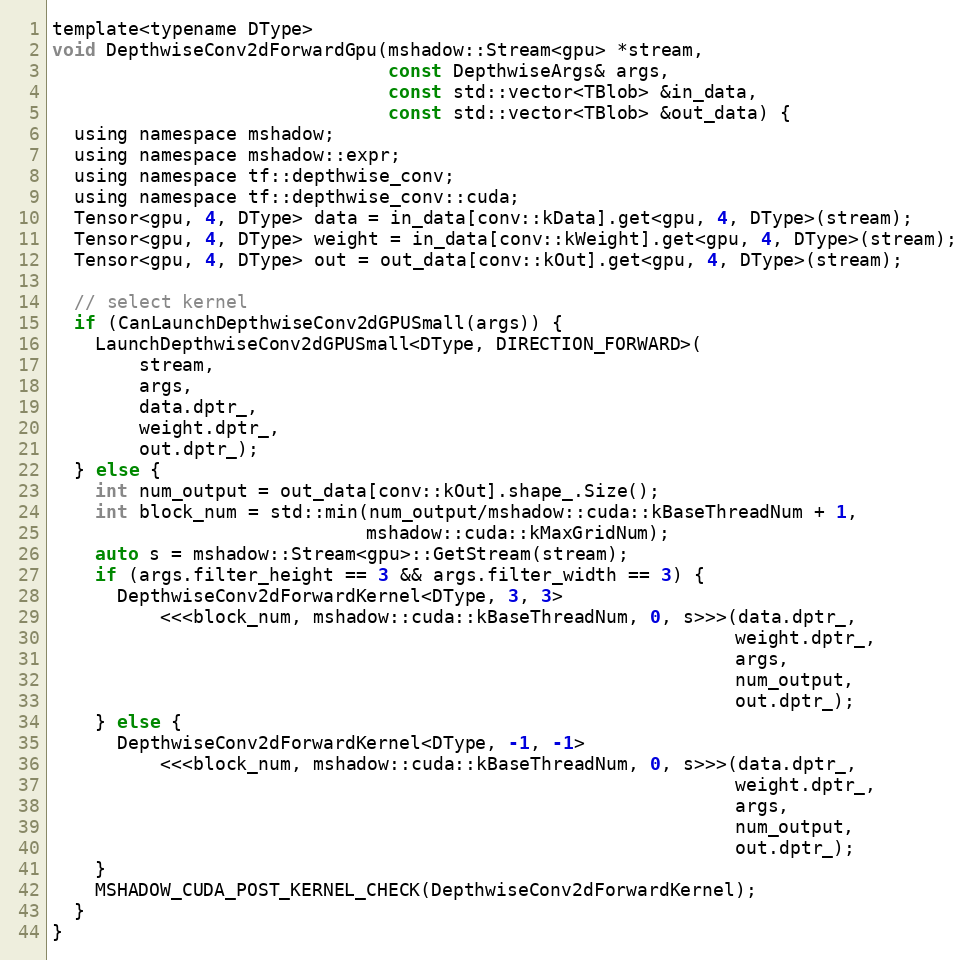
Language: C
template<typename DType>
void DepthwiseConv2dForwardGpu(mshadow::Stream<gpu> *stream,
                               const DepthwiseArgs& args,
                               const std::vector<TBlob> &in_data,
                               const std::vector<TBlob> &out_data) {
  using namespace mshadow;
  using namespace mshadow::expr;
  using namespace tf::depthwise_conv;
  using namespace tf::depthwise_conv::cuda;
  Tensor<gpu, 4, DType> data = in_data[conv::kData].get<gpu, 4, DType>(stream);
  Tensor<gpu, 4, DType> weight = in_data[conv::kWeight].get<gpu, 4, DType>(stream);
  Tensor<gpu, 4, DType> out = out_data[conv::kOut].get<gpu, 4, DType>(stream);

  // select kernel
  if (CanLaunchDepthwiseConv2dGPUSmall(args)) {
    LaunchDepthwiseConv2dGPUSmall<DType, DIRECTION_FORWARD>(
        stream,
        args,
        data.dptr_,
        weight.dptr_,
        out.dptr_);
  } else {
    int num_output = out_data[conv::kOut].shape_.Size();
    int block_num = std::min(num_output/mshadow::cuda::kBaseThreadNum + 1,
                             mshadow::cuda::kMaxGridNum);
    auto s = mshadow::Stream<gpu>::GetStream(stream);
    if (args.filter_height == 3 && args.filter_width == 3) {
      DepthwiseConv2dForwardKernel<DType, 3, 3>
          <<<block_num, mshadow::cuda::kBaseThreadNum, 0, s>>>(data.dptr_,
                                                               weight.dptr_,
                                                               args,
                                                               num_output,
                                                               out.dptr_);
    } else {
      DepthwiseConv2dForwardKernel<DType, -1, -1>
          <<<block_num, mshadow::cuda::kBaseThreadNum, 0, s>>>(data.dptr_,
                                                               weight.dptr_,
                                                               args,
                                                               num_output,
                                                               out.dptr_);
    }
    MSHADOW_CUDA_POST_KERNEL_CHECK(DepthwiseConv2dForwardKernel);
  }
}